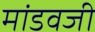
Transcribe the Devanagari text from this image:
मांडवजी